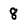
Character: 8